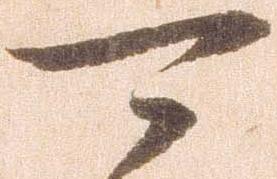
可